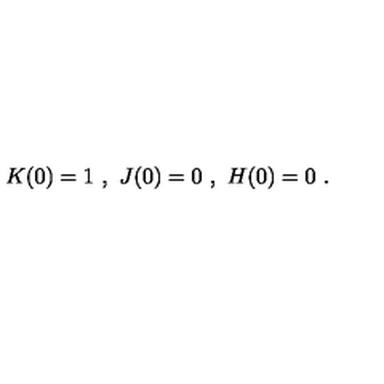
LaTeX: K ( 0 ) = 1 \ , \ J ( 0 ) = 0 \ , \ H ( 0 ) = 0 \ .